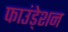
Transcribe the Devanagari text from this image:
फाउंडे्शन